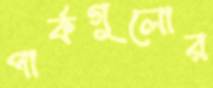
পার্কগুলোর